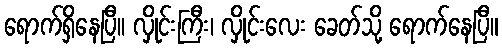
ရောက်ရှိနေပြီ၊၊ လှိုင်းကြီး၊ လှိုင်းလေး ခေတ်သို့ ရောက်နေပြီ။